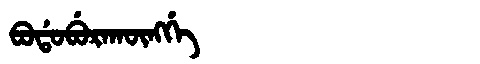
Manchu: ᠪᠣᡩᠣᠪᡠᡵᠠᡴᡡᠩᡤᡝ
Romanization: BODOBURAKŪNGGE